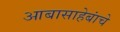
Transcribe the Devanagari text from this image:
आबासाहेबांचे